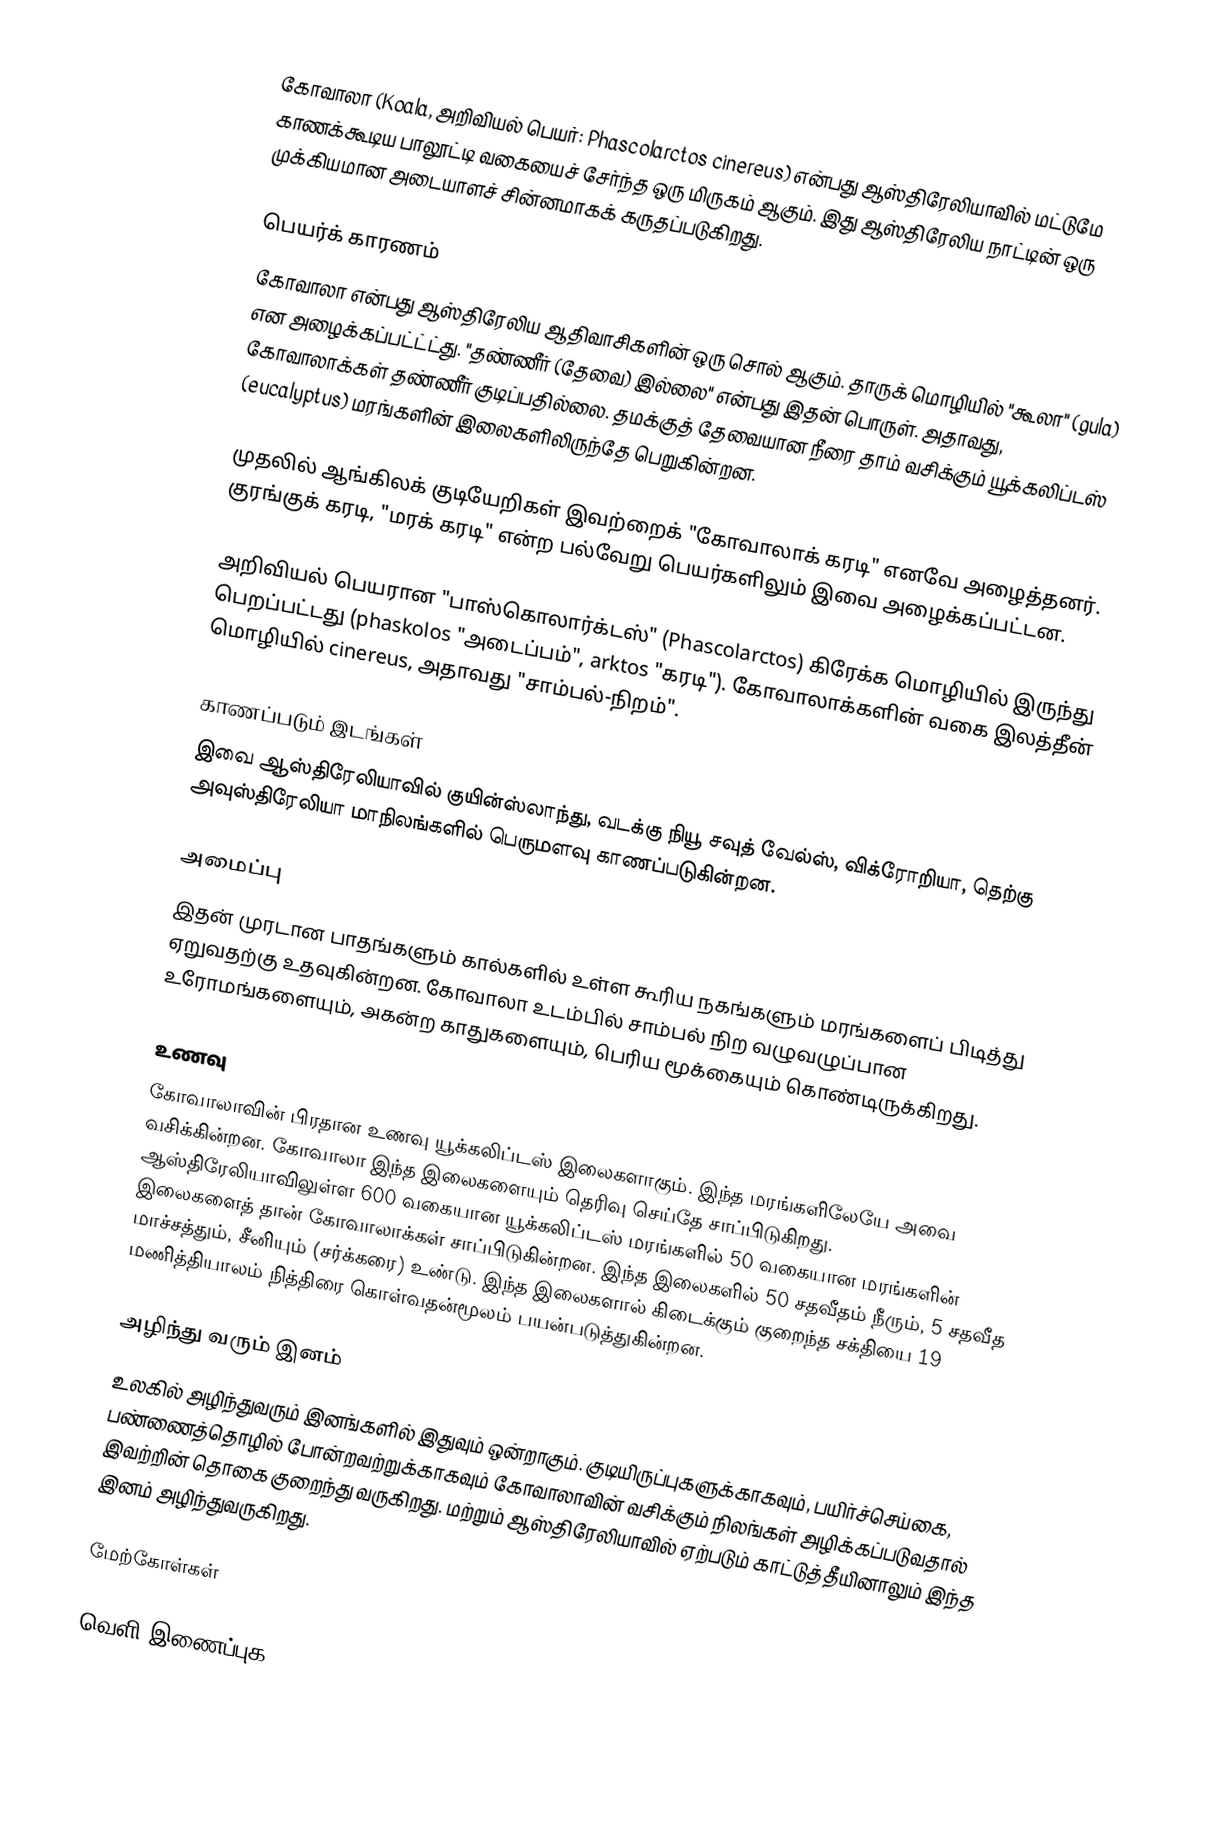
கோவாலா (Koala, அறிவியல் பெயர்: Phascolarctos cinereus) என்பது ஆஸ்திரேலியாவில் மட்டுமே காணக்கூடிய பாலூட்டி வகையைச் சேர்ந்த ஒரு மிருகம் ஆகும். இது ஆஸ்திரேலிய நாட்டின் ஒரு முக்கியமான அடையாளச் சின்னமாகக் கருதப்படுகிறது.

பெயர்க் காரணம்
கோவாலா என்பது ஆஸ்திரேலிய ஆதிவாசிகளின் ஒரு சொல் ஆகும். தாருக் மொழியில் "கூலா" (gula) என அழைக்கப்பட்ட்ட்து. "தண்ணீர் (தேவை) இல்லை" என்பது இதன் பொருள். அதாவது, கோவாலாக்கள் தண்ணீர் குடிப்பதில்லை. தமக்குத் தேவையான நீரை தாம் வசிக்கும் யூக்கலிப்டஸ் (eucalyptus) மரங்களின் இலைகளிலிருந்தே பெறுகின்றன.

முதலில் ஆங்கிலக் குடியேறிகள் இவற்றைக் "கோவாலாக் கரடி" எனவே அழைத்தனர். குரங்குக் கரடி, "மரக் கரடி" என்ற பல்வேறு பெயர்களிலும் இவை அழைக்கப்பட்டன.

அறிவியல் பெயரான "பாஸ்கொலார்க்டஸ்" (Phascolarctos) கிரேக்க மொழியில் இருந்து பெறப்பட்டது (phaskolos "அடைப்பம்", arktos "கரடி"). கோவாலாக்களின் வகை இலத்தீன் மொழியில் cinereus, அதாவது "சாம்பல்-நிறம்".

காணப்படும் இடங்கள்
இவை ஆஸ்திரேலியாவில் குயின்ஸ்லாந்து, வடக்கு நியூ சவுத் வேல்ஸ், விக்ரோறியா, தெற்கு அவுஸ்திரேலியா மாநிலங்களில் பெருமளவு காணப்படுகின்றன.

அமைப்பு
இதன் முரடான பாதங்களும் கால்களில் உள்ள கூரிய நகங்களும் மரங்களைப் பிடித்து ஏறுவதற்கு உதவுகின்றன. கோவாலா உடம்பில் சாம்பல் நிற வழுவழுப்பான உரோமங்களையும், அகன்ற காதுகளையும், பெரிய மூக்கையும் கொண்டிருக்கிறது.

உணவு
கோவாலாவின் பிரதான உணவு யூக்கலிப்டஸ் இலைகளாகும். இந்த மரங்களிலேயே அவை வசிக்கின்றன. கோவாலா இந்த இலைகளையும் தெரிவு செய்தே சாப்பிடுகிறது. ஆஸ்திரேலியாவிலுள்ள 600 வகையான யூக்கலிப்டஸ் மரங்களில் 50 வகையான மரங்களின் இலைகளைத் தான் கோவாலாக்கள் சாப்பிடுகின்றன. இந்த இலைகளில் 50 சதவீதம் நீரும், 5 சதவீத மாச்சத்தும், சீனியும் (சர்க்கரை) உண்டு. இந்த இலைகளால் கிடைக்கும் குறைந்த சக்தியை 19 மணித்தியாலம் நித்திரை கொள்வதன்மூலம் பயன்படுத்துகின்றன.

அழிந்து வரும் இனம்
உலகில் அழிந்துவரும் இனங்களில் இதுவும் ஒன்றாகும். குடியிருப்புகளுக்காகவும், பயிர்ச்செய்கை, பண்ணைத்தொழில் போன்றவற்றுக்காகவும் கோவாலாவின் வசிக்கும் நிலங்கள் அழிக்கப்படுவதால் இவற்றின் தொகை குறைந்து வருகிறது. மற்றும் ஆஸ்திரேலியாவில் ஏற்படும் காட்டுத்தீயினாலும் இந்த இனம் அழிந்துவருகிறது.

மேற்கோள்கள்

வெளி இணைப்புக